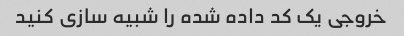
خروجی یک کد داده شده را شبیه سازی کنید